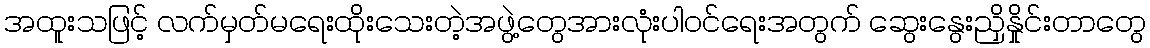
အထူးသဖြင့် လက်မှတ်မရေးထိုးသေးတဲ့အဖွဲ့တွေအားလုံးပါဝင်ရေးအတွက် ဆွေးနွေးညှိနှိုင်းတာတွေ